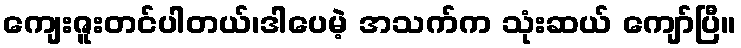
ကျေးဇူးတင်ပါတယ်၊ဒါပေမဲ့ အသက်က သုံးဆယ် ကျော်ပြီ။